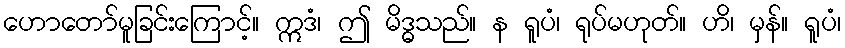
ဟောတော်မူခြင်းကြောင့်။ ဣဒံ၊ ဤ မိဒ္ဓသည်။ န ရူပံ၊ ရုပ်မဟုတ်။ ဟိ၊ မှန်။ ရူပံ၊